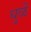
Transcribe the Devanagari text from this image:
धुळें